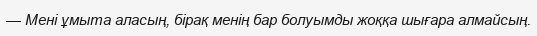
— Мені ұмыта аласың, бірақ менің бар болуымды жоққа шығара алмайсың.